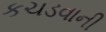
કચડવાની